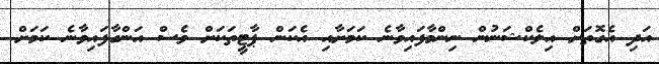
އަދި އެގޮތަށް އިލެކްޝަނުން ނިންމާފައިވާނެ ކަމަށާއި އެކަން ޕާޓީތަކަށް ވެސް އަންގާފައިވާނެ ކަމަށް